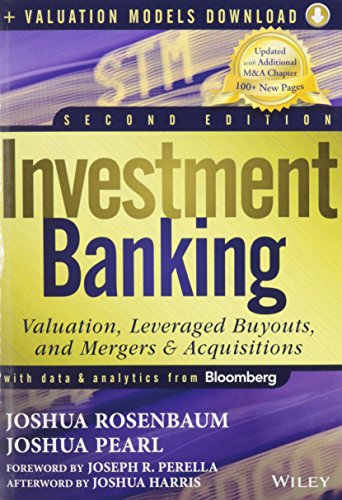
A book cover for Investment Banking: Valuation, Leveraged Buyouts, and Mergers and Acquisitions + Valuation Models; Joshua Rosenbaum; Business & Money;